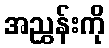
အညွှန်းကို